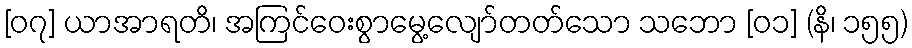
[၀၇] ယာအာရတိ၊ အကြင်ဝေးစွာမွေ့လျော်တတ်သော သဘော [၀၁] (နိ၊ ၁၅၅)